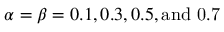
\alpha = \beta = 0 . 1 , 0 . 3 , 0 . 5 , \mathrm { { a n d } ~ 0 . 7 }